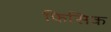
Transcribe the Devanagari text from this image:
फिसिक